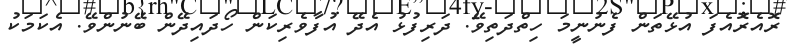
ރޮއެރޮއެފަ އުޅޭތަން ފެނުނީމަ ހިތްދަތިވޭ. ދަރިފުޅު އެދޭ އުފާވެރިކަން ހޯދައިދޭން ބޭނުންވޭ. އެކަމަކު